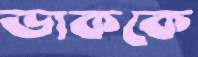
ডাককে